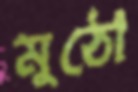
মুঠো